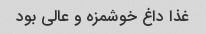
غذا داغ خوشمزه و عالی بود